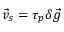
\vec { v } _ { s } = \tau _ { p } \delta \vec { g }